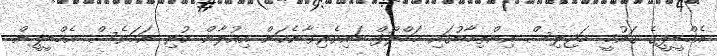
އެމްޑީޕީގެ ގައުމީ މަޖިލިސް އިންތިހާބުގައި މަހްލޫފް ބައިވެރިވާނެކަން އިއުލާން ކުރި ނަމަވެސް އެމްޑީޕީން